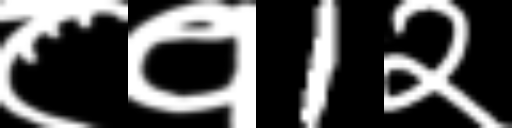
Text: ८१1२